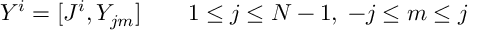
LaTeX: Y ^ { i } = [ J ^ { i } , Y _ { j m } ] \qquad 1 \le j \le N - 1 , \; - j \le m \le j